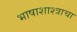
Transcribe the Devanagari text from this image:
भाषाशाश्त्राचा